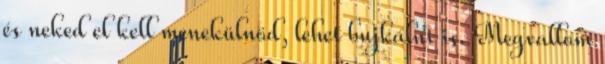
és neked el kell menekülnöd, lehet bujkálni is. Megvallom